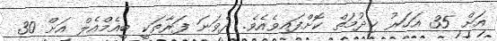
އަށް 35 އަހަރު ޚިދުމަތް ކޮށްފައިވެއެވެ. ދެވަނަ ފަރާތަކީ ބީއެމްއެލް އަށް 30